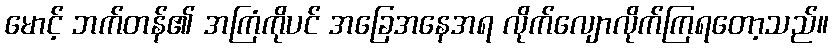
မောင့် ဘက်တန်၏ အကြံကိုပင် အခြေအနေအရ လိုက်လျောလိုက်ကြရတော့သည်။